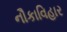
નૌકાવિહાર